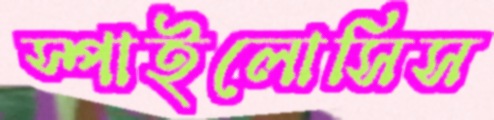
স্পাইলোসিস